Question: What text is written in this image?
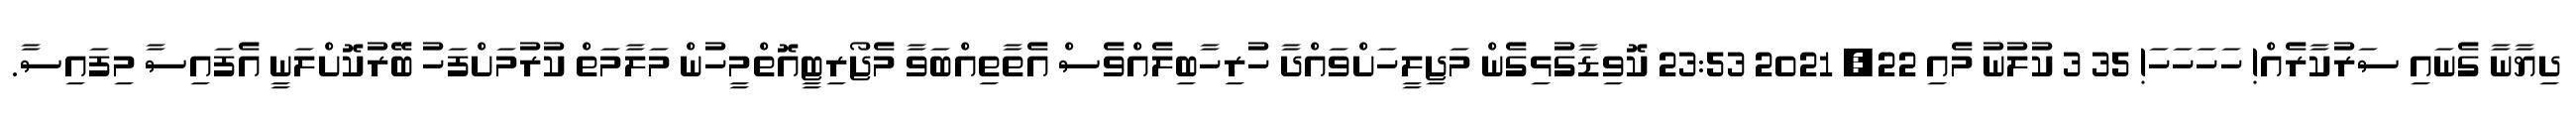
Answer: ދިޔާނާ ގެނައި ސަރުކާރެއް! ހަހަހަހަ! 35 3 ކުލުނު މެއި 22, 2021 23:53 ކޮވިޑާގުޅިގެން މަޖިލީހަށްވައްދާ ހުރިހާބިލެއްވެސް އެތާތިއްބަވާ މެޖޯރިޓީއޮތްމީހުން މަލާމަތް ކުރުމަށްފަހު ބޭރުކޮށްލަނީ އެފައިސާ މިފައިސާ.